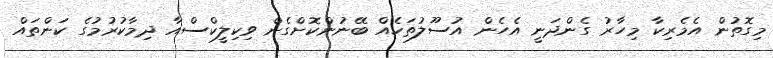
މިގޮތުން އެމެރިކާ މިހާރު ގެންދަނީ އެހެން އުސޫލުތަކެއް ބޭނުންކޮށްގެން ވިކިލީކްސްއާ ދިމާކުރުމުގެ ކަންތައް